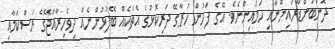
ދޮންބަންޑާރައިންނާއި ހަމައިންނެވެ. އޭގެ ފަހުން ހުރާގޭ ދަރިކޮޅުގެ އެތަކެއް ބޭފުޅުންނެއް ދިވެހިރާއްޖޭގެ ރަސްކަމާއި